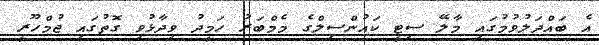
އެ ބައްދަލުވުމުގައި މާލޭ ސިޓީ ކައުންސިލްގެ މެމްބަރު ހަމީދު ވިދާޅުވި ގޮތުގައި ޖުމްހޫރީ